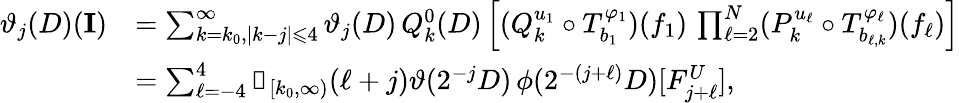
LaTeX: \begin{array}{rl}{\vartheta_{j}(D)(\textbf{I})}&{=\sum_{k=k_{0},|k-j|\leqslant 4}^{\infty}\vartheta_{j}(D)\, Q_{k}^{0}(D)\left[(Q_{k}^{u_{1}}\circ T_{b_{1}}^{\varphi_{1}})(f_{1})\, \prod_{\ell=2}^{N}(P_{k}^{u_{\ell}}\circ T_{b_{\ell,k}}^{\varphi_{\ell}})(f_{\ell})\right]}\\ &{=\sum_{\ell=-4}^{4}\mathbb{1}_{[k_{0},\infty)}(\ell+j)\vartheta(2^{-j}D)\, {\phi}(2^{-(j+\ell)}D)[F_{j+\ell}^{U}],}\end{array}